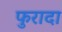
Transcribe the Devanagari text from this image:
फुरादा